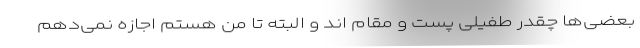
بعضی‌ها چقدر طفیلی پست و مقام اند و البته تا من هستم اجازه نمی‌دهم